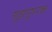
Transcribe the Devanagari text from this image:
गुह्यपुष्पक